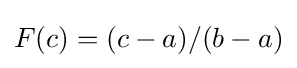
F(c)=(c-a)/(b-a)